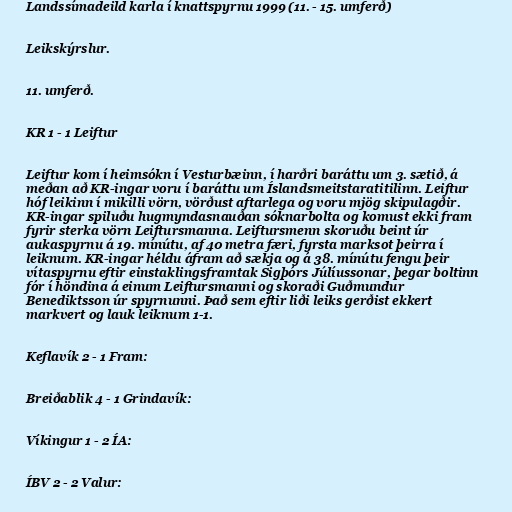
Landssímadeild karla í knattspyrnu 1999 (11. - 15. umferð)

Leikskýrslur.

11. umferð.

KR 1 - 1 Leiftur

Leiftur kom í heimsókn í Vesturbæinn, í harðri baráttu um 3. sætið, á
meðan að KR-ingar voru í baráttu um Íslandsmeitstaratitilinn. Leiftur
hóf leikinn í mikilli vörn, vörðust aftarlega og voru mjög skipulagðir.
KR-ingar spiluðu hugmyndasnauðan sóknarbolta og komust ekki fram
fyrir sterka vörn Leiftursmanna. Leiftursmenn skoruðu beint úr
aukaspyrnu á 19. mínútu, af 40 metra færi, fyrsta marksot þeirra í
leiknum. KR-ingar héldu áfram að sækja og á 38. mínútu fengu þeir
vítaspyrnu eftir einstaklingsframtak Sigþórs Júlíussonar, þegar boltinn
fór í höndina á einum Leiftursmanni og skoraði Guðmundur
Benediktsson úr spyrnunni. Það sem eftir liði leiks gerðist ekkert
markvert og lauk leiknum 1-1.

Keflavík 2 - 1 Fram:

Breiðablik 4 - 1 Grindavík:

Víkingur 1 - 2 ÍA:

ÍBV 2 - 2 Valur: